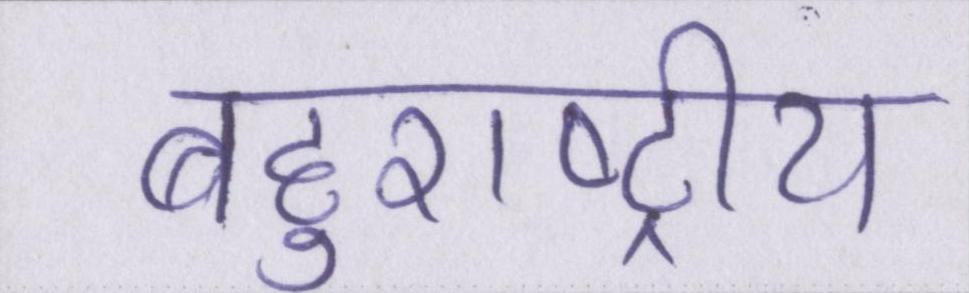
बहुराष्ट्रीय